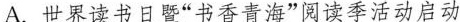
A.世界读书日暨”书香青海”阅读季活动启动